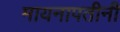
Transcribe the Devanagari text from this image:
मायनापतीनी